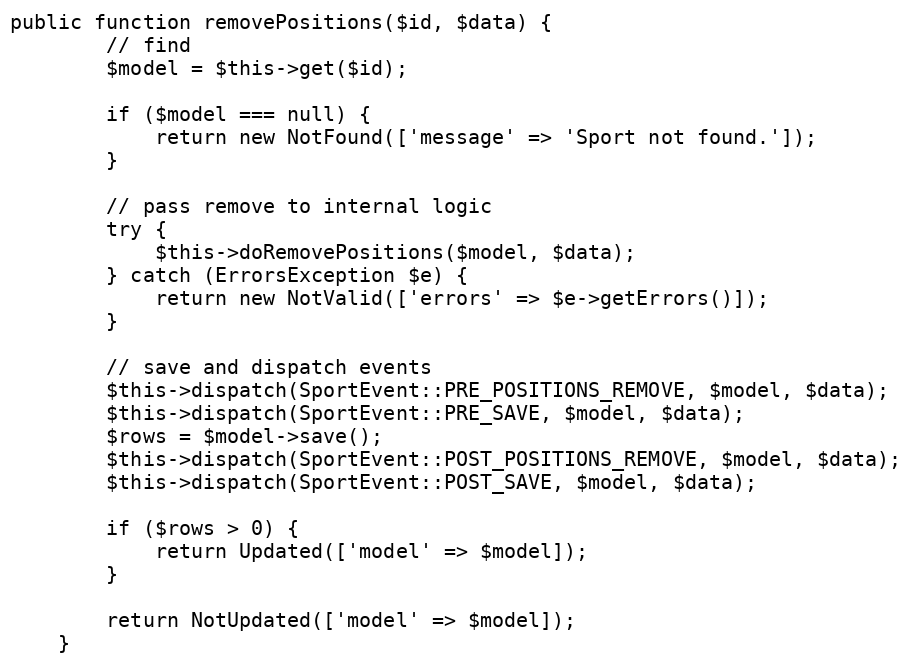
Language: PHP
public function removePositions($id, $data) {
		// find
		$model = $this->get($id);

		if ($model === null) {
			return new NotFound(['message' => 'Sport not found.']);
		}

		// pass remove to internal logic
		try {
			$this->doRemovePositions($model, $data);
		} catch (ErrorsException $e) {
			return new NotValid(['errors' => $e->getErrors()]);
		}

		// save and dispatch events
		$this->dispatch(SportEvent::PRE_POSITIONS_REMOVE, $model, $data);
		$this->dispatch(SportEvent::PRE_SAVE, $model, $data);
		$rows = $model->save();
		$this->dispatch(SportEvent::POST_POSITIONS_REMOVE, $model, $data);
		$this->dispatch(SportEvent::POST_SAVE, $model, $data);

		if ($rows > 0) {
			return Updated(['model' => $model]);
		}

		return NotUpdated(['model' => $model]);
	}